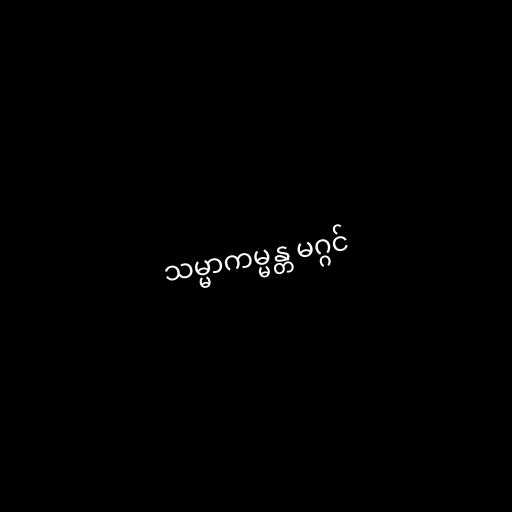
သမ္မာကမ္မန္တ မဂ္ဂင်